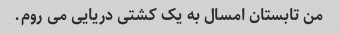
من تابستان امسال به یک کشتی دریایی می روم.